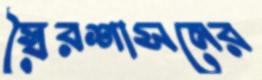
স্বৈরশাসনের